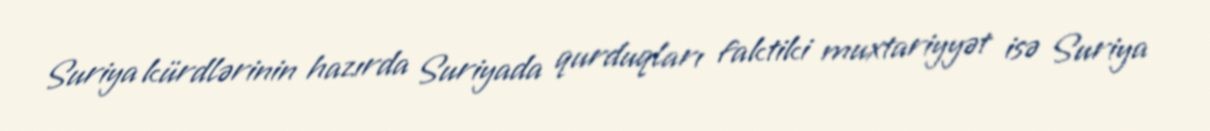
Suriya kürdlərinin hazırda Suriyada qurduqları faktiki muxtariyyət isə Suriya